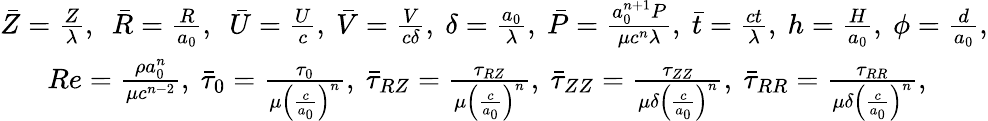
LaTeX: \begin{array}{r}{\bar{Z}=\frac{Z}{\lambda},~~\bar{R}=\frac{R}{a_{0}},~~\bar{U}=\frac{U}{c},~\bar{V}=\frac{V}{c\delta},~\delta=\frac{a_{0}}{\lambda},~\bar{P}=\frac{a_{0}^{n+1}P}{\mu c^{n}\lambda},~\bar{t}=\frac{ct}{\lambda},~h=\frac{H}{a_{0}},~\phi=\frac{d}{a_{0}},}\\ {Re=\frac{\rho a_{0}^{n}}{\mu c^{n-2}},~\bar{\tau}_{0}=\frac{\tau_{0}}{\mu\left(\frac{c}{a_{0}}\right)^{n}},~\bar{\tau}_{RZ}=\frac{\tau_{RZ}}{\mu\left(\frac{c}{a_{0}}\right)^{n}},~\bar{\tau}_{ZZ}=\frac{\tau_{ZZ}}{\mu\delta\left(\frac{c}{a_{0}}\right)^{n}},~\bar{\tau}_{RR}=\frac{\tau_{RR}}{\mu\delta\left(\frac{c}{a_{0}}\right)^{n}},~~~~~~~~}\end{array}